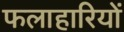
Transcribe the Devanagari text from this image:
फलाहारियों